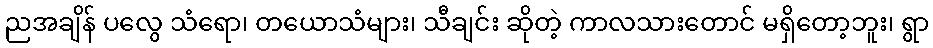
ညအချိန် ပလွေ သံရော၊ တယောသံများ၊ သီချင်း ဆိုတဲ့ ကာလသားတောင် မရှိတော့ဘူး၊ ရွာ